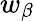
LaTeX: w_{\beta}